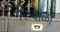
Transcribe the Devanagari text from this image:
मेरुवाळा